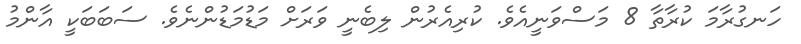
ހަނގުރާމަ ކުރާތާ 8 މަސްވަނީއެވެ. ކުރިއެރުން ލިބެނީ ވަރަށް މަޑުމަޑުންނެވެ. ސަބަބަކީ އާންމު